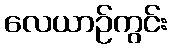
လေယာဉ်ကွင်း